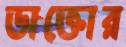
ডাক্তোর